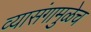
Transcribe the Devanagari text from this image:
व्यासंगामुळेच